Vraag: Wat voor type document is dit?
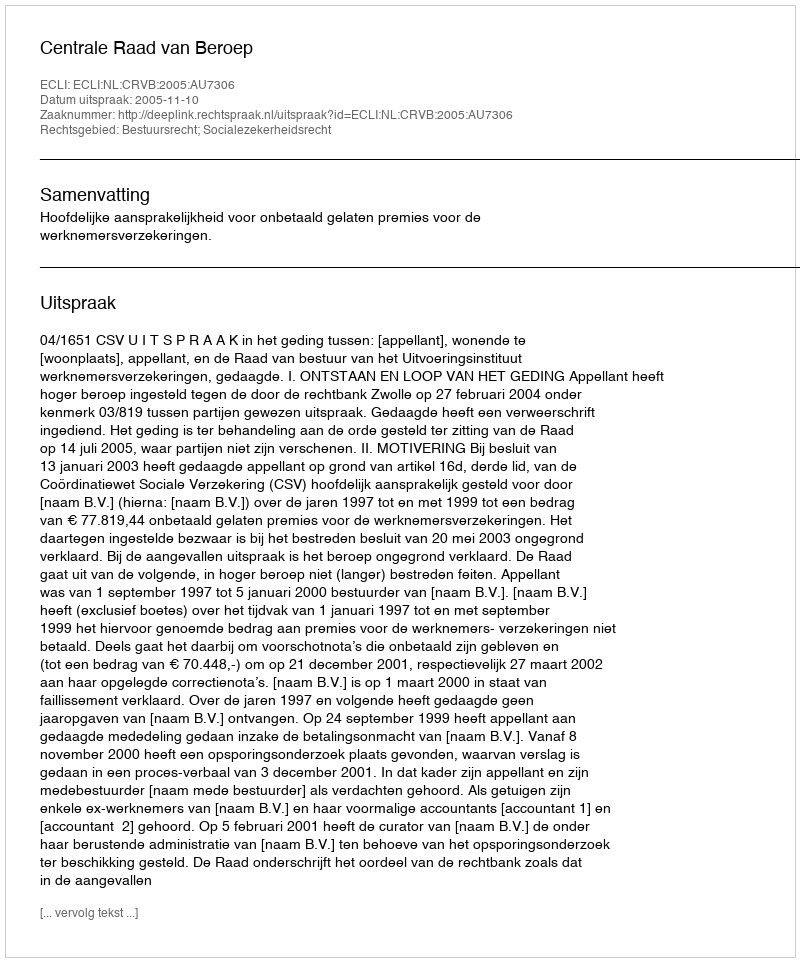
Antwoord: Uitspraak